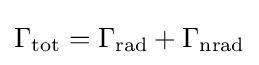
\Gamma _{\text{tot}}=\Gamma _{\text{rad}}+\Gamma _{\text{nrad}}